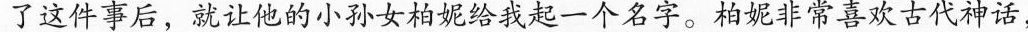
了这件事后，就让他的小孙女栢妮给我起一个名字。柏妮非常喜欢古代神话，